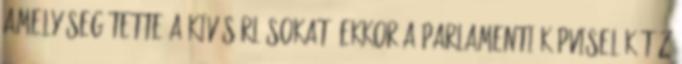
amely segítette a kivásárlásokat. Ekkor a parlamenti képviselők tíz